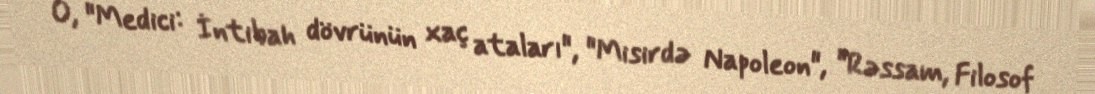
O, "Medici: İntibah dövrünün xaç ataları", "Misirdə Napoleon", "Rəssam, Filosof